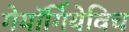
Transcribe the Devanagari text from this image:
गेयॉर्गियेविच